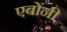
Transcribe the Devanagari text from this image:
एबोनी